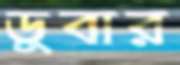
ডুবার